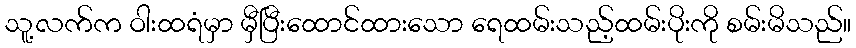
သူ့လက်က ဝါးထရံမှာ မှီပြီးထောင်ထားသော ရေထမ်းသည့်ထမ်းပိုးကို စမ်းမိသည်။